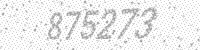
Solution: 875273